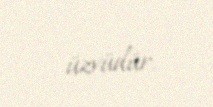
üzvüdür.